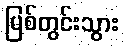
မြစ်တွင်းသွား